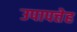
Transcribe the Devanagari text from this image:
उपापत्तेह